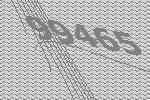
99465